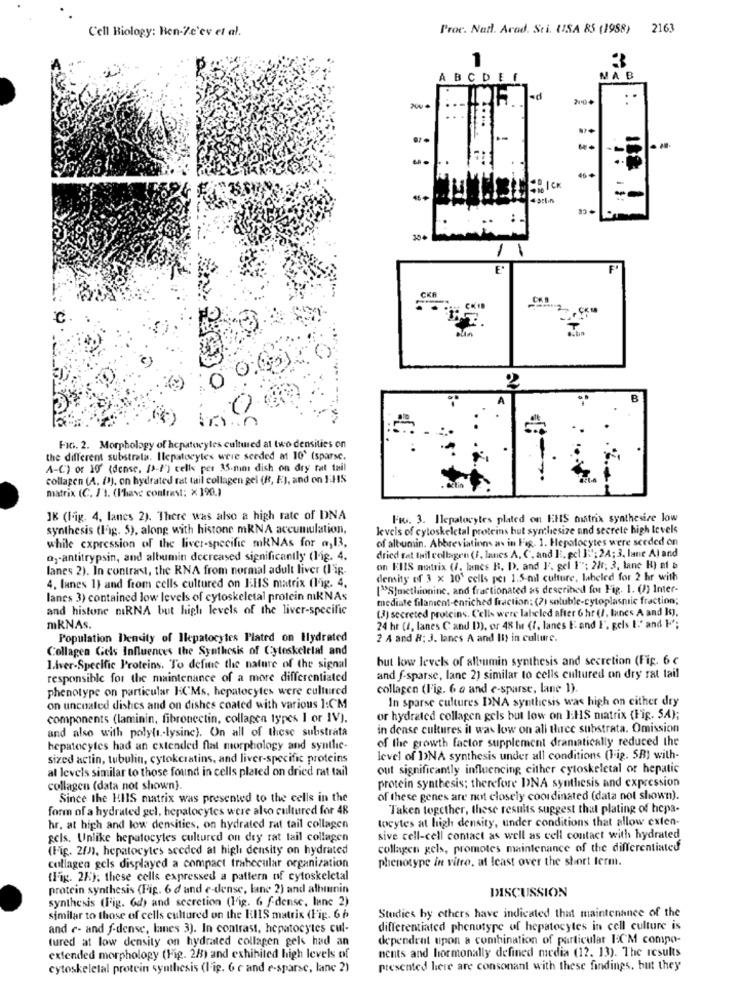
Cell Biology: Ben-Z.c'ev et al.
Proc. Natl. Arad. Sti. USA 85 (1988) 2163
1
ABCDE
NA B
ad
CK
304
E*
FIG. 2. Morphology of hepatocytes cultured at two densities on
the different substrala. Ilepatocytes were seeded at 10' (sparse.
A-C) or 10" (dense, [-/') celle per 35-mim dish on dry rat tail
collagen (A. (!). on hydrated rat tail collagen gel (R, E), and on FHS
matrix (C. J'1. (Phase contrast: x190.)
IK (Fig. 4, lanes 2). There was also a high rate of DNA
FIG. 3. Ilepatocytes plated on EHS matrix synthesize low
synthesis (lag. 5), along with histone mRNA accumulation,
levels of cytoskeletal proteins hut synthesize and secrete high levels
of albumin. Abbreviations as in Fig. 1. Hepatocytes were seeded on
while expression of the liver-specific mRNAs for a, 13,
dried Eat tail collagen (1, lanes A. C. and I. pcl ]\'; 24; 3. lane Al and
a)-antitrypsin, and albumin decreased significantly (lig. 4.
lanes 2). In contrast, the RNA from normal adult liver (Fig.
on EBIS matrix (1, lanes R. D. and I', gel 1""; 2/1; 3, lane H) af &
density of 3 x 10' cells per 1.5-mil culture, labeled for 2 hr with
4. lunes 1) and from cells cultured on EHS matrix (Fig. 4.
["S]methionine, and fractionated as described for Fig. 1. (1) Inter-
lanes 3) contained low levels of cytoskeletal protein miKNAs
mediate filament-enriched fraction: (2) soluble-cytoplasmic fraction;
and histone miRNA but high levels of the liver-specific
(I) secreted proteins, Cells were labeled after 6 hr (1, lunes A and k),
mRNAs.
24 hr (1, lanes Cand D), or 48 hur (f. lanes E and F", gels I:' and F";
Population Density of Ilepatocytes Plated on Hydrated
2 A and #: 3. lanes A and It) in culture.
Collagen Gels Influences the Synthesis of Cyteskeletal and
but low levels of albumin synthesis and secretion (Fig. 6 €
1.Aver-Specific Proteins. To define the nature of the signal
responsible for the maintenance of a more differentiated
and f-sparse, lane 2) similar to cells cultured on dry rat tail
phenotype on particular FCMs, hepatocytes were cultured
collagen (Fig. 6 a and e-sparse, lane 1).
In sparse cultures DNA synthesis was high on cither dry
on uncoated dishes and on dishes coated with various 1:CM
components (laminin, fibronectin, collagen types I or IV).
or hydrated collagen gels but low on IHS matrix (Fig. SA);
and also with polytt .- lysine). On all of these substrata
in dense cultures it was low on all three substrata. Omission
of the growth factor supplement dramatically reduced the
hepatocytes had an extended flat morphology and synthie-
sized actin, tubulin, cytokcratins, and liver-specific proteins
level of NA synthesis under all conditions (Fig. SB) with-
al levels similar to those found in cells plated on dried rat tail
out significantly influencing either cyloskeletal or hepatic
protein synthesis; therefore DNA synthesis and expression
collagen (data not shown).
Since the HIIS matrix was presented to the cells in the
of these genes are not closely coordinated (data not shown).
form of a hydrated gel, hepatocytes were also cultured for 48
Taken together, these results suggest that plating of hepa-
tocytes at high density, under conditions that allow exten-
hr. at high and low densities, on hydrated rat tail collagen
gels. Unlike hepatocytes cultured on dry rat tail collagen
sive cell-cell contact as well as cell contact with hydrated
(Fig. 2/2), hepatocytes seeded at high density on hydrated
collagen gels, promotes maintenance of the differentiated
phenotype in vitro, at least over the short term.
collagen gels displayed a compact trabecular organization
(Fig. 2K); these cells expressed a pattern nf cytoskeletal
protein synthesis (Fig. 6 d and e-dense, lane 2) and albumin
DISCUSSION
synthesis (Fig. 6d) and secretion (lig. 6 f-dense, lanc 2)
similar to those of cells cultured on the ElIS matrix (Fig. 6 ₺
Studies by others have indicated that maintenance of the
and e- and f.dense, lanes 3). In contrast, hepatocytes cul-
differentiated phenotype of hepatocytes in cell culture is
tured at low density on hydrated collagen gels had an
dependent upon a combination of particular I'M compo-
nents and hormonally defined media (12. 13). The results
extended morphology (Fig. 28) and exhibited high levels of
cytoskeletal protein synthesis (Fig. 6 c and e-sparse, lane 2)
presented here are consonant with these findings, but they